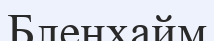
Бленхайм